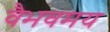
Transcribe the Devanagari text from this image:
वैभवमय